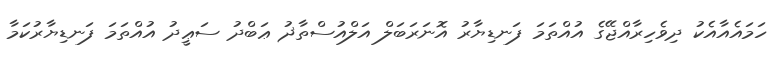
ހަމައެއާއެކު ދިވެހިރާއްޖޭގެ އުއްތަމަ ފަނޑިޔާރު އޮނަރަބަލް އަލްއުސްތާޛު ޢަބްދު ސަޢީދު އުއްތަމަ ފަނޑިޔާރުކަމާ